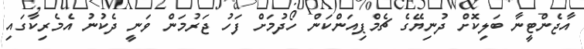
އާޖެންޓީނާ ބަލިކޮށް ދުނިޔޭގެ ޗެމްޕިއަންކަން ހޯދުމަށް ފަހު ޖަރުމަން ވަނީ ދެކުނު އެމެރިކާގައި